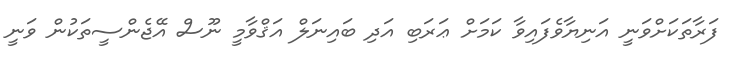
ފަރާތަކަށްވަނީ އަނިޔާވެފައިވާ ކަމަށް ޢަރަބި އަދި ބައިނަލް އަޤްވާމީ ނޫސް އޭޖެންސީތަކުން ވަނީ